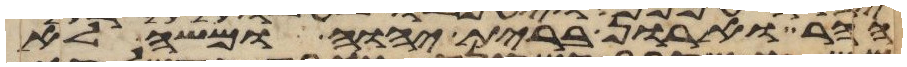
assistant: ההר וארון ברית יהוה ומשה לא